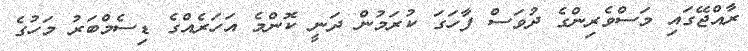
ރާއްޖޭގައި މަސްވެރިންގެ ދުވަސް ފާހަގަ ކުރަމުން ދަނީ ކޮންމެ އަހަރެއްގެ ޑިސެމްބަރު މަހުގެ